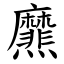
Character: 爢